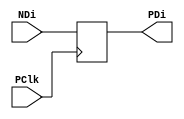
`timescale 1ns/1ns

//1- Module y Puertos 1/0
module PC (
		
		//Entradas
		input PClk,
		input [31:0]NDi,
		//Salidas
		output reg [31:0]PDi

);

//2- Delcaracion de seales --> NA(No aplica)

//3- Cuerpo del modulo

//Seales de estimulo:
initial		/*In 01*/ PDi = 32'b0;

//Bloque Always
always @ (posedge PClk)	

	PDi = NDi;

endmodule